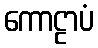
ကောဠာပံ